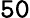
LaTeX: \mathtt{50}